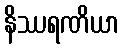
နိဿရဏိယာ